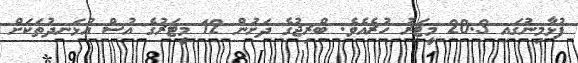
ފުޅާމިނުގައި 20.3 މީޓަރު ހުރެއެވެ. ބްރިޖުގެ ދަށުން 12 މީޓަރުގެ އުސް އުޅަނދުތަކަށް